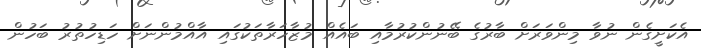
އެކަށީގެން ނުވާ މިންވަރަށް ބާރުގެ ބޭނުންކުރުމާއި ބައެއް މުޒާހަރާތަކުގައި އާއްމުންނަށް ހަޑިހުތުރު ބަހުން